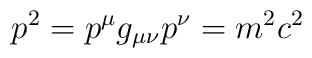
p^2=p^\mu g_{\mu\nu} p^\nu=m^2c^2